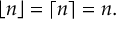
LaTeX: \lfloor n \rfloor = \lceil n \rceil = n .